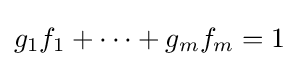
g_{1}f_{1}+\cdots +g_{m}f_{m}=1